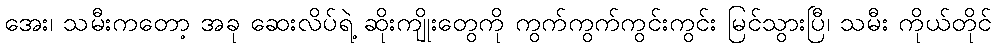
အေး၊ သမီးကတော့ အခု ဆေးလိပ်ရဲ့ ဆိုးကျိုးတွေကို ကွက်ကွက်ကွင်းကွင်း မြင်သွားပြီ၊ သမီး ကိုယ်တိုင်